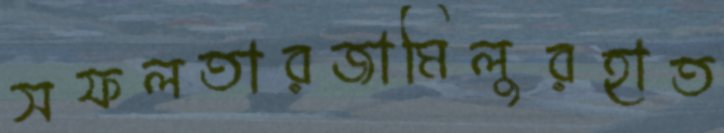
সফলতারজামিলুরহাত